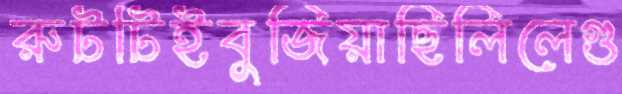
রুটটিইবুজিয়াছিলিলেগু